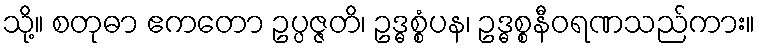
သို့။ စတုဓာ ဧကတော ဥပ္ပဇ္ဇတိ၊ ဥဒ္ဓစ္စံပန၊ ဥဒ္ဓစ္စနီဝရဏသည်ကား။